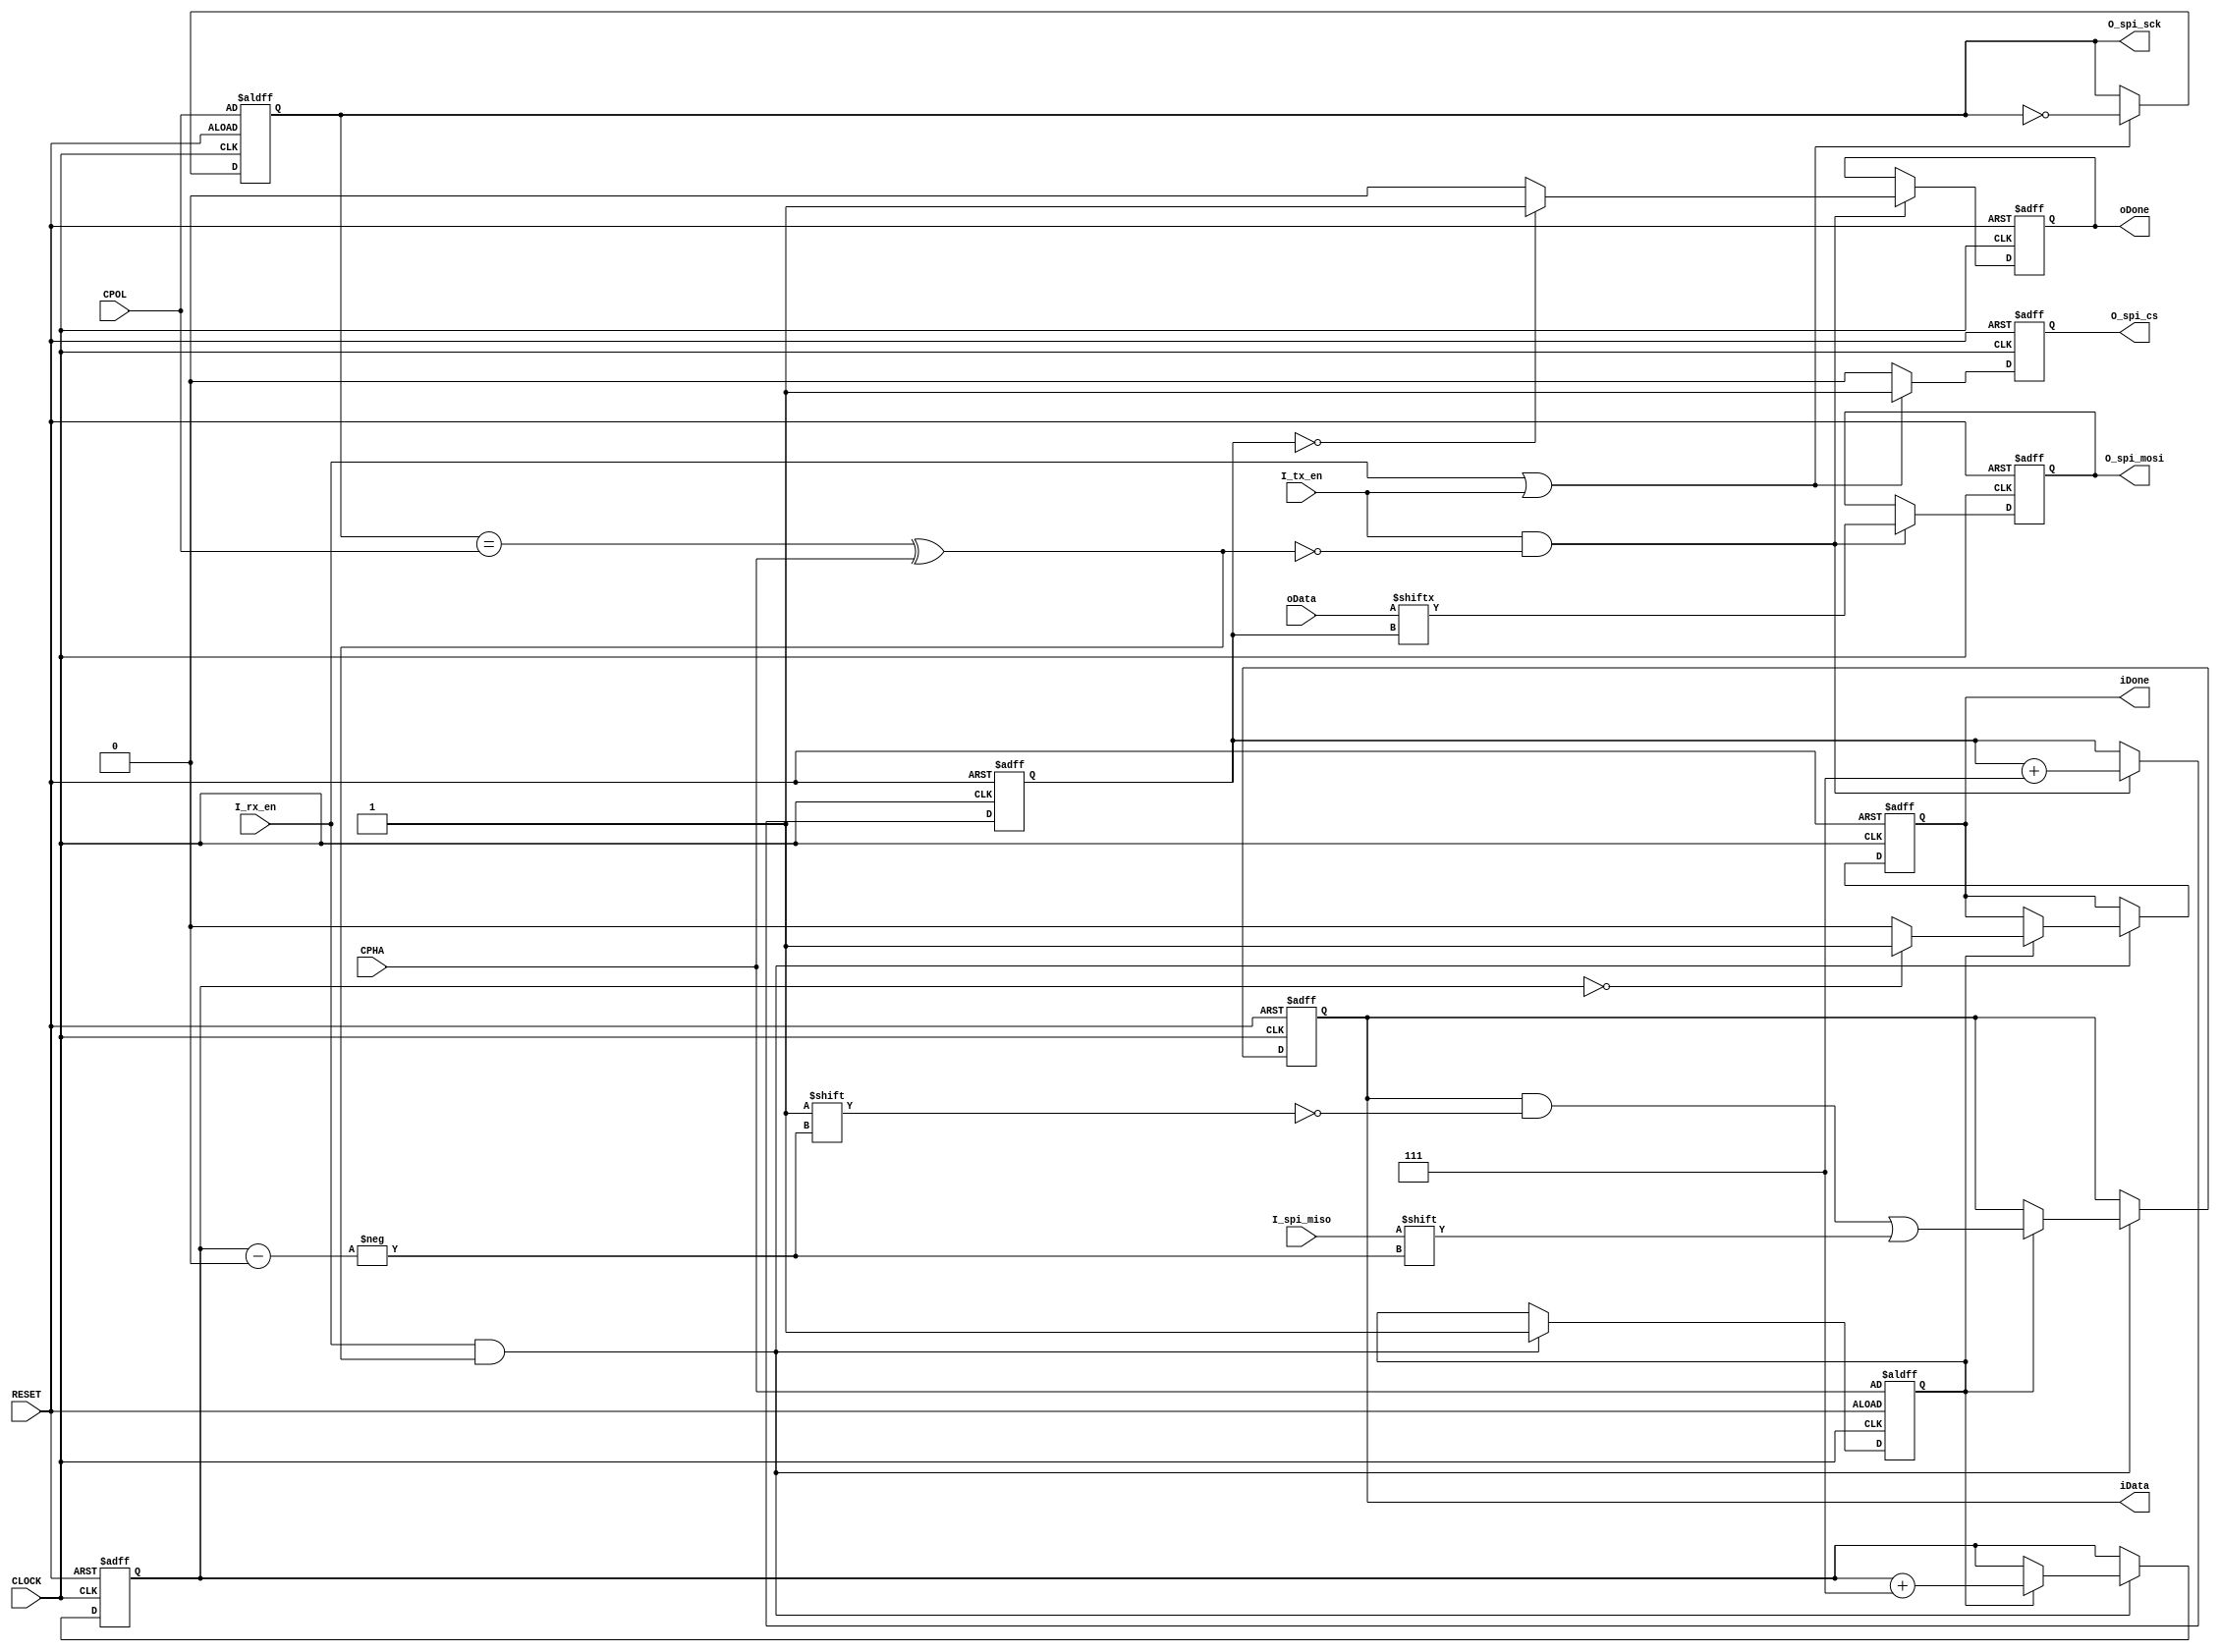
//###########################//
//# author: xflcount@163.com
//# 2021-11-21 23:43 BeiJing
//# language: verilog
//# description:
//#	spi_module, 8bits
//###########################//

`timescale 1ns/1ps
module spi_module_master
(
	input CLOCK, RESET, //positive_RESET, positive_CLOCK_50MHz
	input I_rx_en, //read_enabled signal
	input I_tx_en, //write_enabled signal
	output reg [7:0] iData, //master input
	input [7:0] oData, //master output
	output reg iDone, //master input
	output reg oDone, //master output
	
	/*
	IDLE = CPOL^CPHA
	RECEIVE_EDGE = IDLE? negdge:posedge
	*/
	input CPOL,
	input CPHA,

	//standarded four-wire spi_bus
	input I_spi_miso, //master input slave output
	output reg O_spi_sck, //clock of spi
	output reg O_spi_cs, //chip selected, positive
	output reg O_spi_mosi //master output slave input
);
reg delay;
reg[2:0] r_rx_index;
reg[2:0] r_tx_index;

always@(posedge CLOCK or posedge RESET) begin
	if(RESET) begin
		iData<=8'd0;
		iDone<=1'b0;
		oDone<=1'b0;
		O_spi_cs<=1'b0; //is that correct?
		O_spi_sck<=CPOL;
		O_spi_mosi<=1'b0;
		r_rx_index<=3'd7;
		r_tx_index<=3'd7;
		delay<=CPHA;
		$display("RESET master");
	end
	else begin
		if(I_rx_en&&(O_spi_sck==CPOL^CPHA)) begin
			if(delay) begin
				iDone<=1'b0;
				iData[r_rx_index]<=I_spi_miso;
				r_rx_index<=r_rx_index+3'd7;
				if(r_rx_index==3'd0) begin
					iDone<=1'b1;
				end
			end
			else begin
				delay<=1'b1;
			end
		end
		if(I_tx_en&&!(O_spi_sck==CPOL^CPHA)) begin
			oDone<=1'b0;
			O_spi_mosi<=oData[r_tx_index];
			r_tx_index<=r_tx_index+3'd7;
			if(r_tx_index==3'd0) begin
				oDone<=1'b1;
			end
		end
		if(I_rx_en||I_tx_en) begin
			O_spi_sck<=~O_spi_sck;
			O_spi_cs<=1'b1;
		end
		else begin
			O_spi_cs<=1'b0;
		end
	end
end
endmodule

/**************************************************************/
/**************************************************************/

module spi_module_slave
(
	input RESET, //positive_RESET, positive_CLOCK_50MHz
	input I_rx_en, //read_enabled signal
	input I_tx_en, //write_enabled signal
	output reg [7:0] iData, //slave input
	input [7:0] oData, //slave output
	output reg iDone, //slave input
	output reg oDone, //slave output
	
	/*
	IDLE = CPOL^CPHA
	RECEIVE_EDGE = IDLE? negdge:posedge
	*/
	input CPOL,
	input CPHA,

	//standarded four-wire spi_bus
	output reg O_spi_miso, //master input slave output
	input I_spi_sck, //clock of spi
	input I_spi_cs, //chip selected, positive_
	input I_spi_mosi //master output slave input
);
reg delay;
reg[2:0] r_rx_index;
reg[2:0] r_tx_index;

always@(posedge I_spi_sck or posedge RESET) begin
	if(RESET) begin
		iData<=8'd0;
		iDone<=1'b0;
		oDone<=1'b0;
		O_spi_miso<=1'b0;
		r_rx_index<=3'd7;
		r_tx_index<=3'd7;
		delay<=CPHA;
	end
	else begin
	if(I_spi_cs==1'b1) begin
		if(I_rx_en&&(CPOL^CPHA==1'b0)) begin
			if(delay) begin
				iDone<=1'b0;
				iData[r_rx_index]<=I_spi_mosi;
				r_rx_index<=r_rx_index+3'd7;
				if(r_rx_index==3'd0) begin
					iDone<=1'b1;
				end
			end
			else begin
				delay<=1'b1;
			end
		end
		if(I_tx_en&&!(CPOL^CPHA==1'b0)) begin
			oDone<=1'b0;
			O_spi_miso<=oData[r_tx_index];
			r_tx_index<=r_tx_index+3'd7;
			if(r_tx_index==3'd0) begin
				oDone<=1'b1;
			end
		end
	end
	end
end
always@(negedge I_spi_sck or posedge RESET) begin
	if(RESET) begin
		iData<=8'd0;
		iDone<=1'b0;
		oDone<=1'b0;
		O_spi_miso<=1'b0;
		r_rx_index<=3'd7;
		r_tx_index<=3'd7;
		delay<=CPHA;
	end
	else begin
	if(I_spi_cs==1'b1) begin
		if(I_rx_en&&(CPOL^CPHA==1'b1)) begin
			if(delay) begin
				iDone<=1'b0;
				iData[r_rx_index]<=I_spi_mosi;
				r_rx_index<=r_rx_index+3'd7;
				if(r_rx_index==3'd0) begin
					iDone<=1'b1;
				end
			end
			else begin 
				delay<=1'b1;
			end
		end
		if(I_tx_en&&!(CPOL^CPHA==1'b1)) begin
			oDone<=1'b0;
			O_spi_miso<=oData[r_tx_index];
			r_tx_index<=r_tx_index+3'd7;
			if(r_tx_index==3'd0) begin
				oDone<=1'b1;
			end
		end
	end
	end
end
endmodule